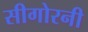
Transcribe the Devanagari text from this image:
सीगोरनी